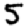
Digit: 5